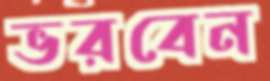
ভরবেন